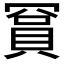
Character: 𬥙